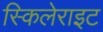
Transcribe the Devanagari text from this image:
स्किलेराइट